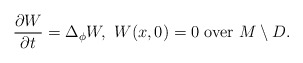
\begin{align*} \frac{\partial W}{\partial t}=\Delta_{\phi}W,\ W(x,0)=0 \ \textrm{over}\ M\setminus D. \end{align*}